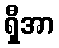
ရှီအာ